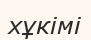
хұкімі